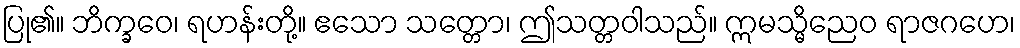
ပြု၏။ ဘိက္ခဝေ၊ ရဟန်းတို့။ ဧသော သတ္တော၊ ဤသတ္တဝါသည်။ ဣမသ္မိညေဝ ရာဇဂဟေ၊